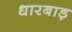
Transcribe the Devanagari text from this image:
धारबाड़